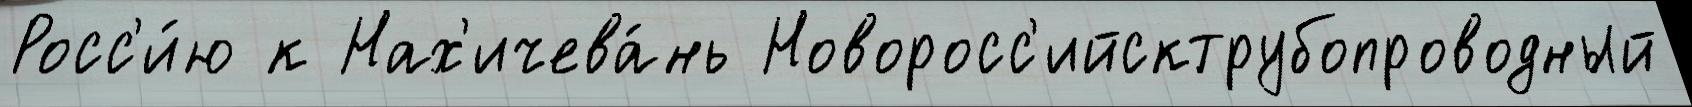
Росс'и́ю к Нах'ичева́нь Новоросс'ийсктрубопроводный